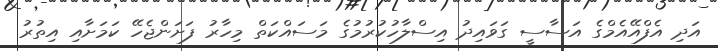
އަދި އެފްއޭއެމްގެ އަސާސީ ގަވައިދު އިސްލާހުކުރުމުގެ މަސައްކަތް މިހާރު ފަށަންޖެހޭ ކަމަށާއި އިތުރު